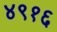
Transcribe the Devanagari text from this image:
४९१६